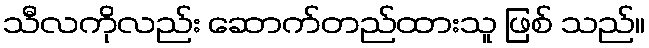
သီလကိုလည်း ဆောက်တည်ထားသူ ဖြစ် သည်။